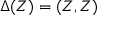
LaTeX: \Delta ( Z ) = ( Z , Z )